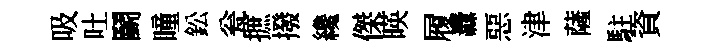
吸吐鬬瞳鈆瓮摭撥纔傑暎履纛惡津薩駐資